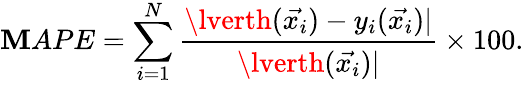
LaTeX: \mathbf{M}APE=\sum_{i=1}^{N}\frac{{\lverth(\vec{{x_{i}}})-y_{i}(\vec{{x_{i}}})\rvert}}{{\lverth(\vec{{x_{i}}})\rvert}}\times100.